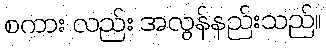
စကား လည်း အလွန်နည်းသည်။